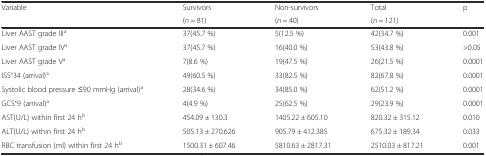
<table><thead><tr><td rowspan="2"><b>Variable</b></td><td><b>Survivors</b></td><td><b>Non-survivors</b></td><td><b>Total</b></td><td><b>p</b></td></tr><tr><td><b>(<i>n</i> = 81)</b></td><td><b>(<i>n</i> = 40)</b></td><td><b>(<i>n</i> = 121)</b></td><td></td></tr></thead><tbody><tr><td>Liver AAST grade III<sup>a</sup></td><td>37(45.7 %)</td><td>5(12.5 %)</td><td>42(34.7 %)</td><td>0.001</td></tr><tr><td>Liver AAST grade IV<sup>a</sup></td><td>37(45.7 %)</td><td>16(40.0 %)</td><td>53(43.8 %)</td><td>&gt;0.05</td></tr><tr><td>Liver AAST grade V<sup>a</sup></td><td>7(8.6 %)</td><td>19(47.5 %)</td><td>26(21.5 %)</td><td>0.0001</td></tr><tr><td>ISS˃34 (arrival)<sup>a</sup></td><td>49(60.5 %)</td><td>33(82.5 %)</td><td>82(67.8 %)</td><td>0.0001</td></tr><tr><td>Systolic blood pressure ≤90 mmHg (arrival)<sup>a</sup></td><td>28(34.6 %)</td><td>34(85.0 %)</td><td>62(51.2 %)</td><td>0.0001</td></tr><tr><td>GCS˂9 (arrival)<sup>a</sup></td><td>4(4.9 %)</td><td>25(62.5 %)</td><td>29(23.9 %)</td><td>0.0001</td></tr><tr><td>AST(U/L) within first 24 h<sup>b</sup></td><td>454.09 ± 130.3</td><td>1405.22 ± 605.10</td><td>820.32 ± 315.12</td><td>0.010</td></tr><tr><td>ALT(U/L) within first 24 h<sup>b</sup></td><td>505.13 ± 270.626</td><td>905.79 ± 412.385</td><td>675.32 ± 189.34</td><td>0.033</td></tr><tr><td>RBC transfusion (ml) within first 24 h<sup>b</sup></td><td>1500.31 ± 607.46</td><td>5810.63 ± 2817.31</td><td>2510.03 ± 817.21</td><td>0.001</td></tr></tbody></table>